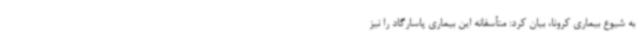
به شیوع بیماری کرونا، بیان کرد: متأسفانه این بیماری پاسارگاد را نیز